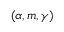
( \alpha , m , \gamma )